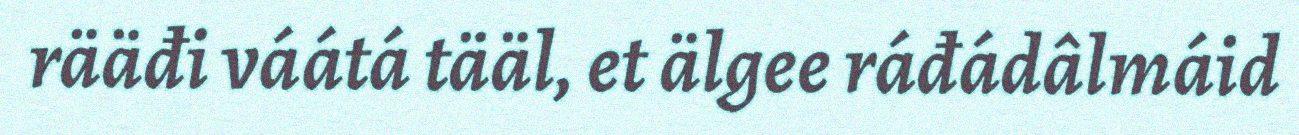
rääđi váátá tääl, et älgee ráđádâlmáid